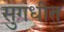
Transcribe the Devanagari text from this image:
सुगंधीत